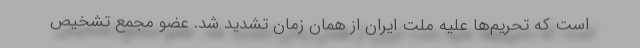
است که تحریم‌ها علیه ملّت ایران از همان زمان تشدید شد. عضو مجمع تشخیص